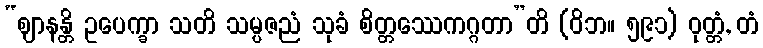
“ဈာနန္တိ ဥပေက္ခာ သတိ သမ္ပဇညံ သုခံ စိတ္တဿေကဂ္ဂတာ”တိ (ဝိဘ။ ၅၉၁) ဝုတ္တံ, တံ